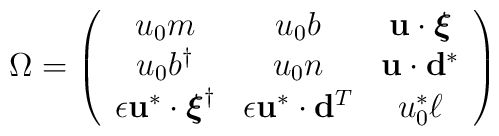
\Omega =   \left(  \begin{array}{ccc}  u_{0} m &  u_{0} b  &  {\bf u} \cdot \mbox{\boldmath $\xi$} \\  u_{0} b^{\dag}  &  u_{0} n  &  {\bf u} \cdot {\bf d}^{*}  \\  \epsilon  {\bf u}^{*} \cdot \mbox{\boldmath $\xi$}^{\dag}  &  \epsilon    {\bf u}^{*} \cdot {\bf d}^{T}  &   u_{0}^{*} \ell   \end{array}   \right)